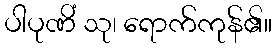
ပါပုဏိံ သု၊ ရောက်ကုန်၏။